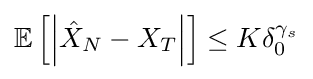
\mathbb {E} \left[\left|{\hat {X}}_{N}-X_{T}\right|\right]\leq K\delta _{0}^{\gamma _{s}}